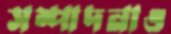
সম্পাদনাও